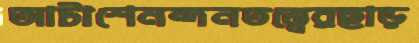
আটাশেনন্দনতত্ত্বেরছাড়